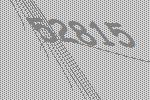
52815